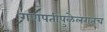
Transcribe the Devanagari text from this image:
गणपतीपुळेलगतच